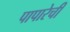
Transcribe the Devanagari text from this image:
पापारेची